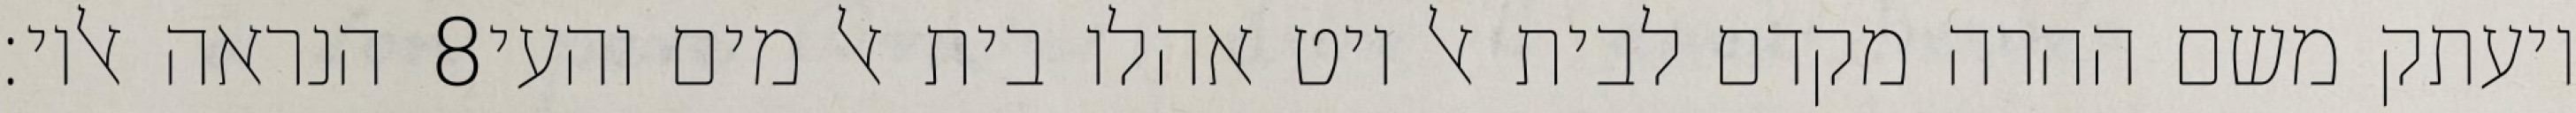
הנראה אליו׃ ‎8‏ ויעתק משם ההרה מקדם לבית אל ויט אהלו בית אל מים והעי